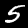
Label: 5